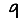
Digit: 9